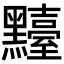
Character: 𪒴